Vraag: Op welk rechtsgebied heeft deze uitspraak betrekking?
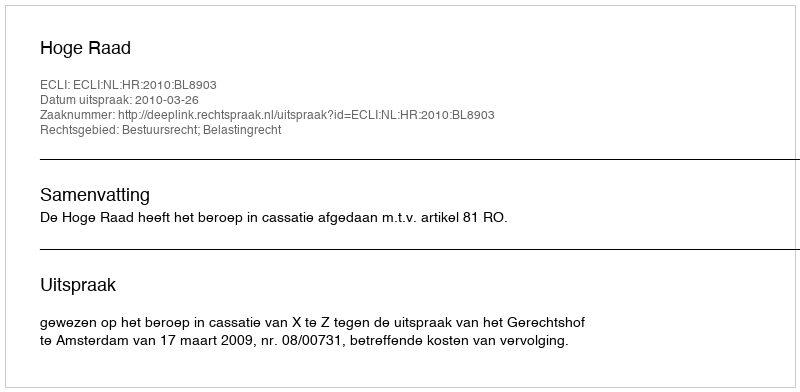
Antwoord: Bestuursrecht; Belastingrecht